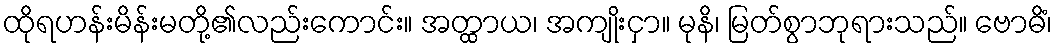
ထိုရဟန်းမိန်းမတို့၏လည်းကောင်း။ အတ္ထာယ၊ အကျိုးငှာ။ မုနိ၊ မြတ်စွာဘုရားသည်။ ဗောဓိံ၊